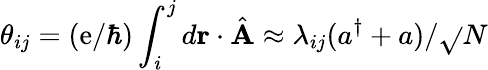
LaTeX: \theta_{ij}=(\mathrm{e}/\hbar)\int_{i}^{j}d\mathbf{{r}}\cdot\hat{{\mathbf{{A}}}}\approx\lambda_{ij}(a^{\dagger}+a)/\sqrt{}{{N}}